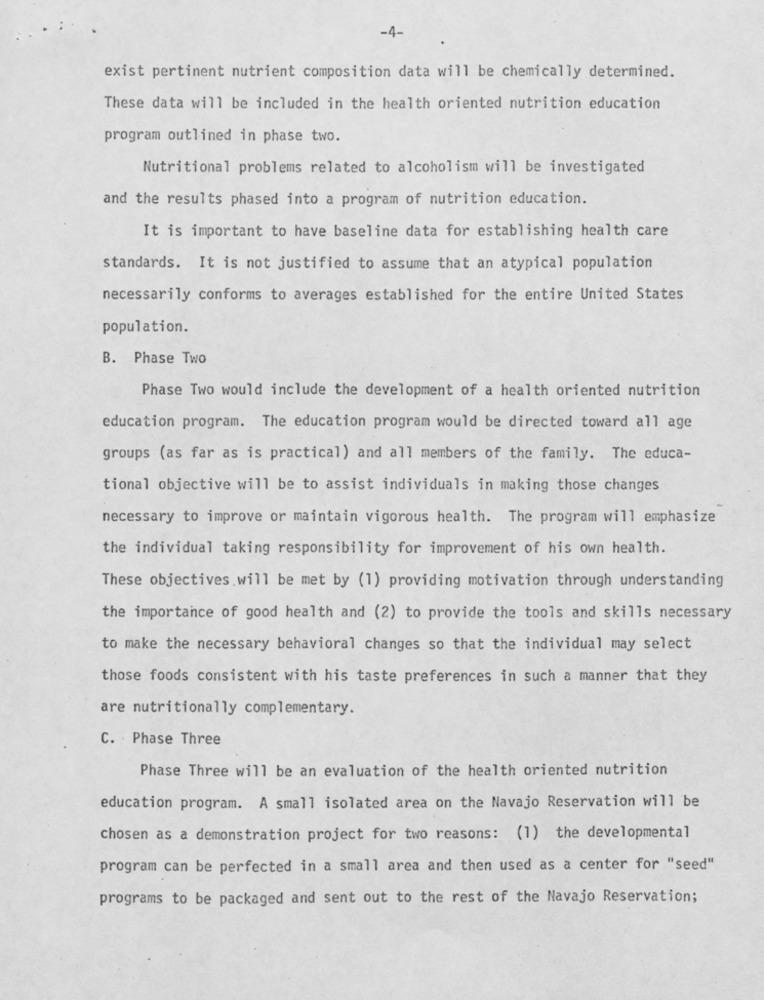
-4-
exist pertinent nutrient composition data will be chemically determined.
These data will be included in the health oriented nutrition education
program outlined in phase two.
Nutritional problems related to alcoholism will be investigated
and the results phased into a program of nutrition education.
It is important to have baseline data for establishing health care
standards. It is not justified to assume that an atypical population
necessarily conforms to averages established for the entire United States
population.
B. Phase Two
Phase Two would include the development of a health oriented nutrition
education program. The education program would be directed toward all age
groups (as far as is practical) and all members of the family. The educa-
tional objective will be to assist individuals in making those changes
necessary to improve or maintain vigorous health. The program will emphasize
the individual taking responsibility for improvement of his own health.
These objectives.will be met by (1) providing motivation through understanding
the importance of good health and (2) to provide the tools and skills necessary
to make the necessary behavioral changes so that the individual may select
those foods consistent with his taste preferences in such a manner that they
are nutritionally complementary.
C. Phase Three
Phase Three will be an evaluation of the health oriented nutrition
education program. A small isolated area on the Navajo Reservation will be
chosen as a demonstration project for two reasons: (1) the developmental
program can be perfected in a small area and then used as a center for "seed"
programs to be packaged and sent out to the rest of the Navajo Reservation;